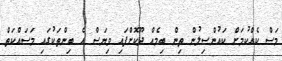
މަސް ކެއްކުމަށް ކައުންސިލުން ތިން ބިމެއް ދޫކޮށްފައި ވިޔަސް އެ ބިންތަކުގައި މަސައްކަތް